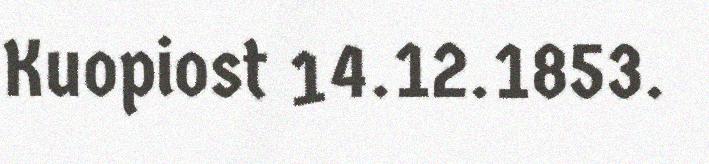
Kuopiost 14.12.1853.